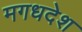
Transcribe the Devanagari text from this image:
मगधदेश